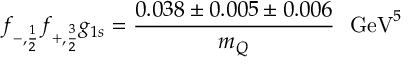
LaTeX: f _ { - , { \frac { 1 } { 2 } } } f _ { + , { \frac { 3 } { 2 } } } g _ { 1 s } = { \frac { 0 . 0 3 8 \pm 0 . 0 0 5 \pm 0 . 0 0 6 } { m _ { Q } } } ~ ~ \mathrm { G e V } ^ { 5 } \;